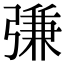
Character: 𢐎